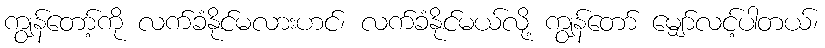
ကျွန်တော့်ကို လက်ခံနိုင်မလားဟင်၊ လက်ခံနိုင်မယ်လို့ ကျွန်တော် မျှော်လင့်ပါတယ်၊